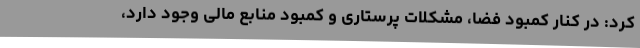
کرد: در کنار کمبود فضا، مشکلات پرستاری و کمبود منابع مالی وجود دارد،